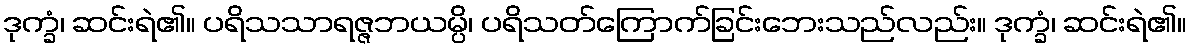
ဒုက္ခံ၊ ဆင်းရဲ၏။ ပရိသသာရဇ္ဇဘယမ္ပိ၊ ပရိသတ်ကြောက်ခြင်းဘေးသည်လည်း။ ဒုက္ခံ၊ ဆင်းရဲ၏။